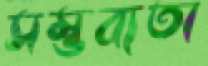
সম্ভব্যতা